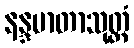
နန္ဒမာတာသုတ္တံ